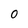
Character: 0